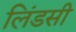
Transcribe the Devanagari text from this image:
लिंडसी